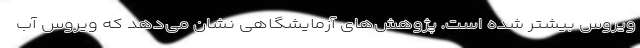
ویروس بیشتر شده است. پژوهش‌های آزمایشگاهی نشان می‌دهد که ویروس آب